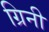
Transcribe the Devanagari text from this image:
ग्रिनी